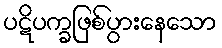
ပဋိပက္ခဖြစ်ပွားနေသော